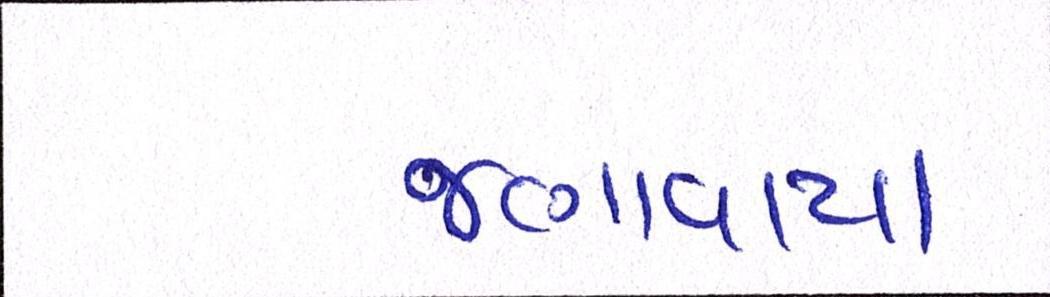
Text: જણાવાયા